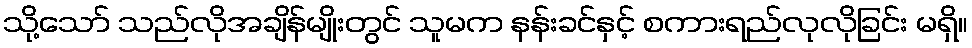
သို့သော် သည်လိုအချိန်မျိုးတွင် သူမက နန်းခင်နှင့် စကားရည်လုလိုခြင်း မရှိ။